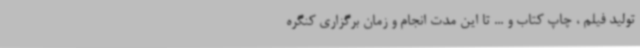
تولید فیلم ، چاپ کتاب و ... تا این مدت انجام و زمان برگزاری کنگره